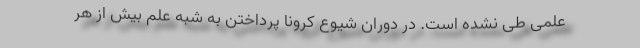
علمی طی نشده است. در دوران شیوع کرونا پرداختن به شبه علم بیش از هر